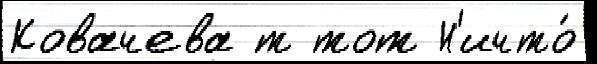
Ковачева т тот Н'ичто́